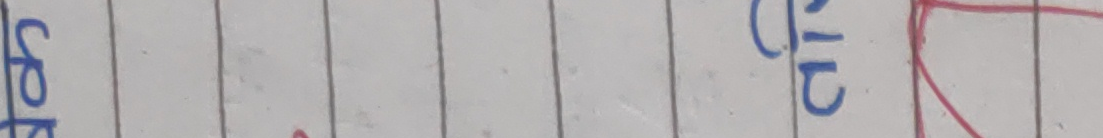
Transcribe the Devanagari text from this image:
स्रो